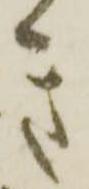
き